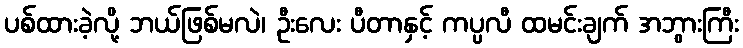
ပစ်ထားခဲ့လို့ ဘယ်ဖြစ်မလဲ၊ ဦးလေး ပီတာနှင့် ကပ္ပလီ ထမင်းချက် အဘွားကြီး